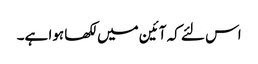
اس لئے کہ آئین میں لکھا ہوا ہے۔